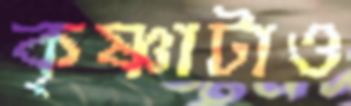
কৃষ্ণাটাও